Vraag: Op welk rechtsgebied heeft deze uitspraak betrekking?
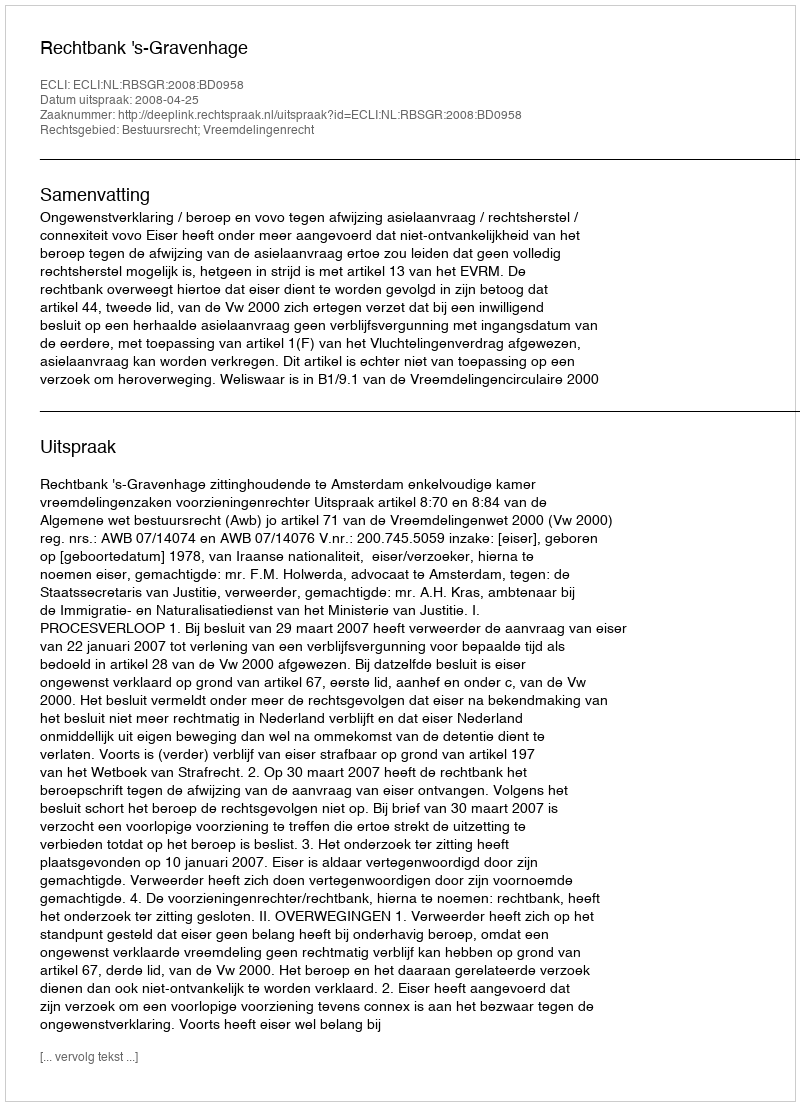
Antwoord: Bestuursrecht; Vreemdelingenrecht